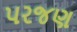
પરજણ